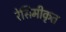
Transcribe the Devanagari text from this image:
रेसिमीकृत